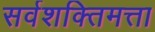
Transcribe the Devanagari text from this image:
सर्वशक्तिमत्ता